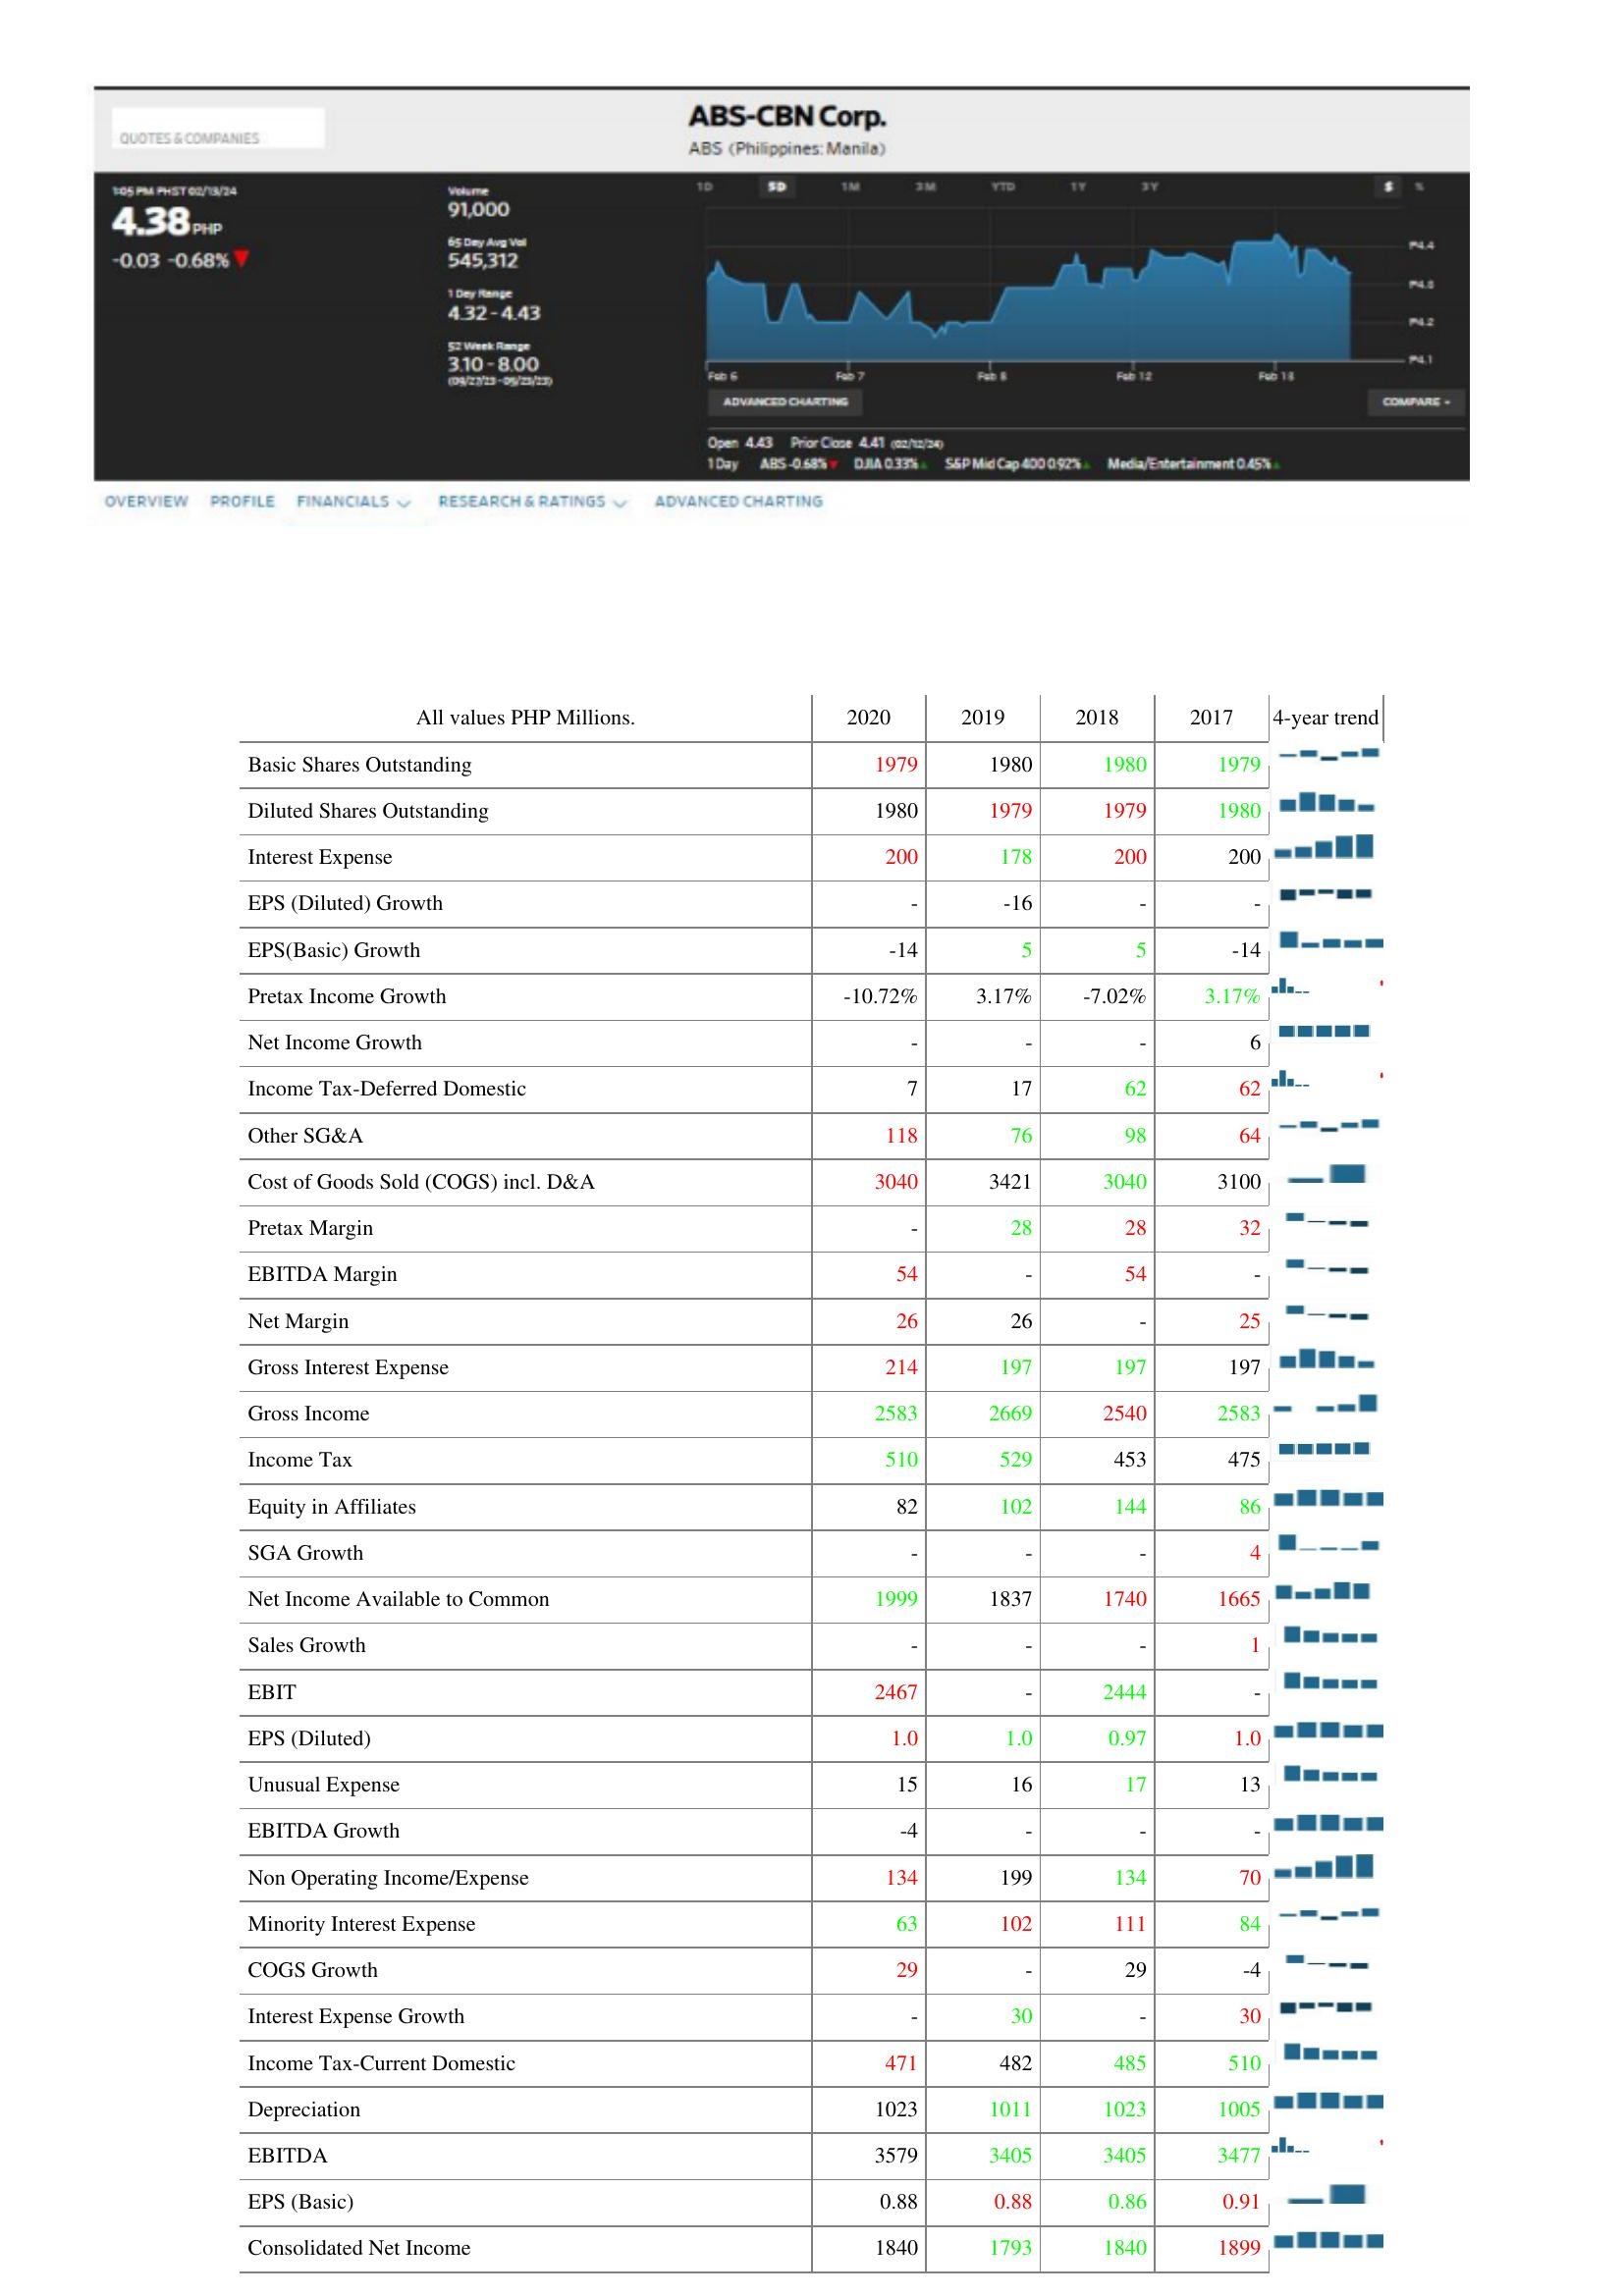
2020: : Basic Shares Outstanding: 1979
Diluted Shares Outstanding: 1980
Interest Expense: 200
EPS (Diluted) Growth: -
EPS(Basic) Growth: -14
Pretax Income Growth: -10.72%
Net Income Growth: -
Income Tax-Deferred Domestic: 7
Other SG&A: 118
Cost of Goods Sold (COGS) incl. D&A: 3040
Pretax Margin: -
EBITDA Margin: 54
Net Margin: 26
Gross Interest Expense: 214
Gross Income: 2583
Income Tax: 510
Equity in Affiliates: 82
SGA Growth: -
Net Income Available to Common: 1999
Sales Growth: -
EBIT: 2467
EPS (Diluted): 1.0
Unusual Expense: 15
EBITDA Growth: -4
Non Operating Income/Expense: 134
Minority Interest Expense: 63
COGS Growth: 29
Interest Expense Growth: -
Income Tax-Current Domestic: 471
Depreciation: 1023
EBITDA: 3579
EPS (Basic): 0.88
Consolidated Net Income: 1840
2019: : Basic Shares Outstanding: 1980
Diluted Shares Outstanding: 1979
Interest Expense: 178
EPS (Diluted) Growth: -16
EPS(Basic) Growth: 5
Pretax Income Growth: 3.17%
Net Income Growth: -
Income Tax-Deferred Domestic: 17
Other SG&A: 76
Cost of Goods Sold (COGS) incl. D&A: 3421
Pretax Margin: 28
EBITDA Margin: -
Net Margin: 26
Gross Interest Expense: 197
Gross Income: 2669
Income Tax: 529
Equity in Affiliates: 102
SGA Growth: -
Net Income Available to Common: 1837
Sales Growth: -
EBIT: -
EPS (Diluted): 1.0
Unusual Expense: 16
EBITDA Growth: -
Non Operating Income/Expense: 199
Minority Interest Expense: 102
COGS Growth: -
Interest Expense Growth: 30
Income Tax-Current Domestic: 482
Depreciation: 1011
EBITDA: 3405
EPS (Basic): 0.88
Consolidated Net Income: 1793
2018: : Basic Shares Outstanding: 1980
Diluted Shares Outstanding: 1979
Interest Expense: 200
EPS (Diluted) Growth: -
EPS(Basic) Growth: 5
Pretax Income Growth: -7.02%
Net Income Growth: -
Income Tax-Deferred Domestic: 62
Other SG&A: 98
Cost of Goods Sold (COGS) incl. D&A: 3040
Pretax Margin: 28
EBITDA Margin: 54
Net Margin: -
Gross Interest Expense: 197
Gross Income: 2540
Income Tax: 453
Equity in Affiliates: 144
SGA Growth: -
Net Income Available to Common: 1740
Sales Growth: -
EBIT: 2444
EPS (Diluted): 0.97
Unusual Expense: 17
EBITDA Growth: -
Non Operating Income/Expense: 134
Minority Interest Expense: 111
COGS Growth: 29
Interest Expense Growth: -
Income Tax-Current Domestic: 485
Depreciation: 1023
EBITDA: 3405
EPS (Basic): 0.86
Consolidated Net Income: 1840
2017: : Basic Shares Outstanding: 1979
Diluted Shares Outstanding: 1980
Interest Expense: 200
EPS (Diluted) Growth: -
EPS(Basic) Growth: -14
Pretax Income Growth: 3.17%
Net Income Growth: 6
Income Tax-Deferred Domestic: 62
Other SG&A: 64
Cost of Goods Sold (COGS) incl. D&A: 3100
Pretax Margin: 32
EBITDA Margin: -
Net Margin: 25
Gross Interest Expense: 197
Gross Income: 2583
Income Tax: 475
Equity in Affiliates: 86
SGA Growth: 4
Net Income Available to Common: 1665
Sales Growth: 1
EBIT: -
EPS (Diluted): 1.0
Unusual Expense: 13
EBITDA Growth: -
Non Operating Income/Expense: 70
Minority Interest Expense: 84
COGS Growth: -4
Interest Expense Growth: 30
Income Tax-Current Domestic: 510
Depreciation: 1005
EBITDA: 3477
EPS (Basic): 0.91
Consolidated Net Income: 1899